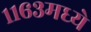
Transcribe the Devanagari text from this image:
११६३मध्ये